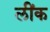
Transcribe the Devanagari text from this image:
लींक